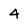
Character: 4